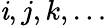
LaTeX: \mathit{i},j,k,\dots